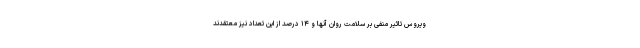
ویروس تاثیر منفی بر سلامت روان آنها و ۱۴ درصد از این تعداد نیز معتقدند